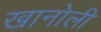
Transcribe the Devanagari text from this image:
खानोली